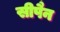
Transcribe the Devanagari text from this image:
सीपैन